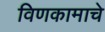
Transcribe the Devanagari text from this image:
विणकामाचे